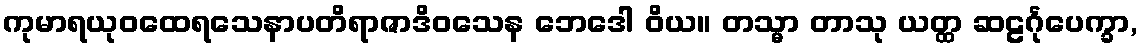
ကုမာရယုဝထေရသေနာပတိရာဇာဒိဝသေန ဘေဒေါ ဝိယ။ တသ္မာ တာသု ယတ္ထ ဆဠင်္ဂုပေက္ခာ,